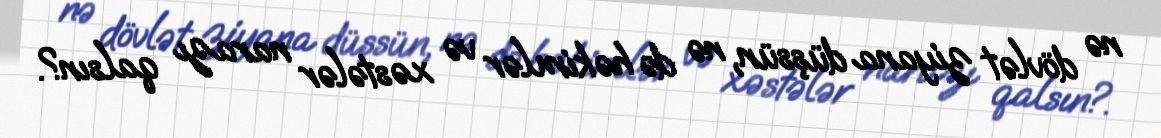
nə dövlət ziyana düşsün, nə də həkimlər və xəstələr narazı qalsın?.